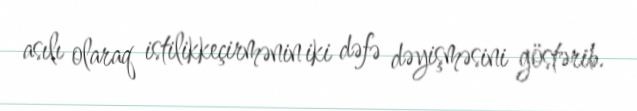
asılı olaraq istilikkeçirmənin iki dəfə dəyişməsini göstərib.